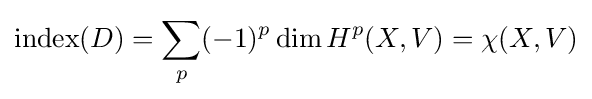
\operatorname {index} (D)=\sum _{p}(-1)^{p}\dim H^{p}(X,V)=\chi (X,V)